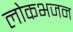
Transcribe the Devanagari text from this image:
लोकभजन